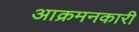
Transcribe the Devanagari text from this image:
आक्रमनकारी